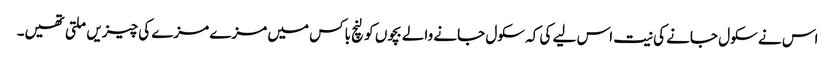
اس نے سکول جانے کی نیت اس لیے کی کہ سکول جانے والے بچوں کو لنچ باکس میں مزے مزے کی چیزیں ملتی تھیں۔